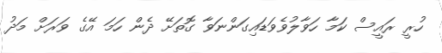
ހުރީ ރައީސް ކަމާ ހަވާލުވެވަޑައިގަންނަވާ ގޮތަށޭ ދެން ހަމަ އޭގެ ވަރަށް މަދު